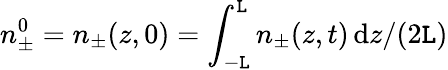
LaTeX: n_{\pm}^{0}=n_{\pm}(z,0)=\int_{-\mathtt{L}}^{\mathtt{L}}n_{\pm}(z,t)\, \mathrm{{d}}z/(2\mathtt{L})